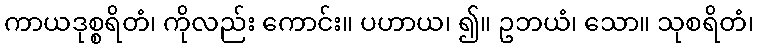
ကာယဒုစ္စရိတံ၊ ကိုလည်း ကောင်း။ ပဟာယ၊ ၍။ ဥဘယံ၊ သော။ သုစရိတံ၊